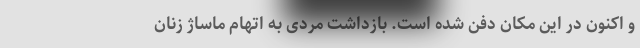
و اکنون در این مکان دفن شده است. بازداشت مردی به اتهام ماساژ زنان